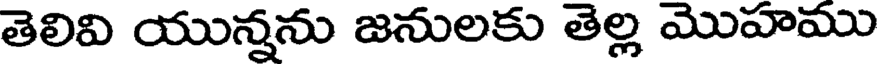
తెలివి యున్నను జనులకు తెల్ల మొహము